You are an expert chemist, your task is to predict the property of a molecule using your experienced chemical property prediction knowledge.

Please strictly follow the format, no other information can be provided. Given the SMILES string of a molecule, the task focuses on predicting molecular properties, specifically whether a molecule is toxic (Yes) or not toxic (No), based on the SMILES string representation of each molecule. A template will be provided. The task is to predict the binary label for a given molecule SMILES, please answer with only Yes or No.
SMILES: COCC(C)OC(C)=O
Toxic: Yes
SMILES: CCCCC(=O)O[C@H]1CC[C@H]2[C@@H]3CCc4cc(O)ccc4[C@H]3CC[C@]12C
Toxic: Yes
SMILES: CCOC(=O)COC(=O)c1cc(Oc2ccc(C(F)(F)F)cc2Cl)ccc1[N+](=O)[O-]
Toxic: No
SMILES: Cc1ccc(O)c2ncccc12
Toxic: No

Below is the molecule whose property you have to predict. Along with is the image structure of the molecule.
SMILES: NNC(=O)c1ccccc1
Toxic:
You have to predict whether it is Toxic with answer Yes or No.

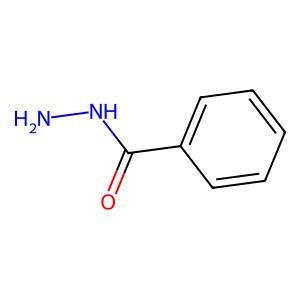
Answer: No